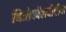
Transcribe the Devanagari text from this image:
थिओकॉलचीचीन